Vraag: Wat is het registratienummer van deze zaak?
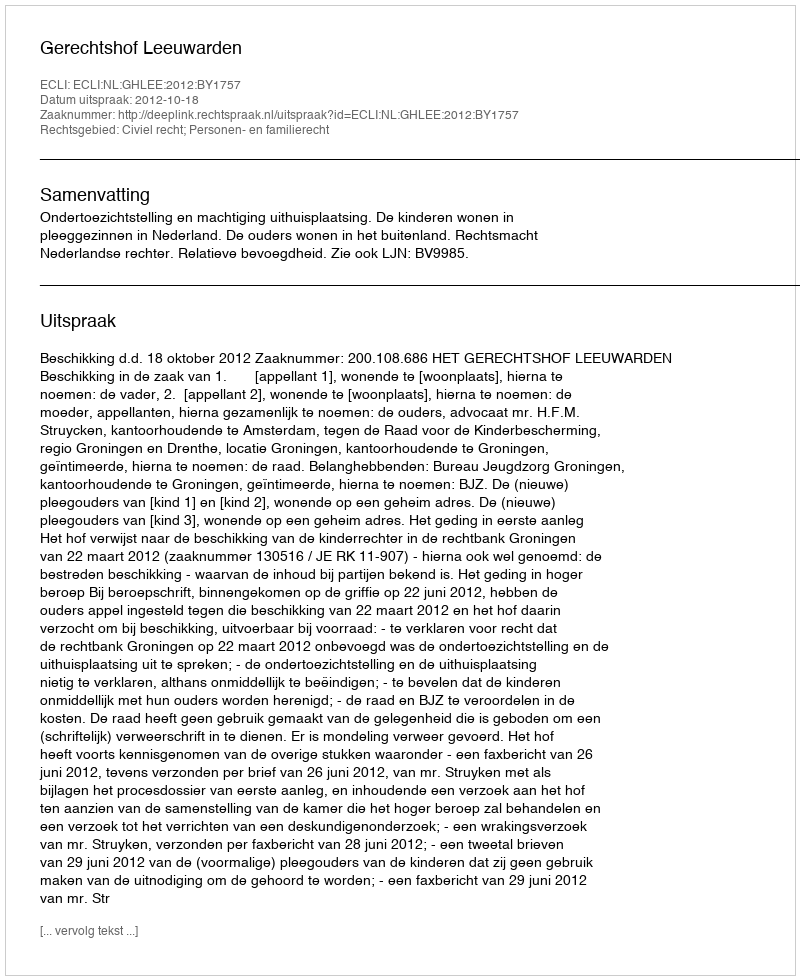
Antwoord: http://deeplink.rechtspraak.nl/uitspraak?id=ECLI:NL:GHLEE:2012:BY1757